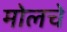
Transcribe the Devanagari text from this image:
मोलचे